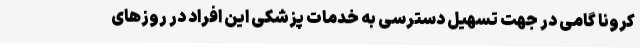
کرونا گامی در جهت تسهیل دسترسی به خدمات پزشکی این افراد در روزهای